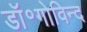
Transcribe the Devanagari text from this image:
डॉ॰गोविन्द